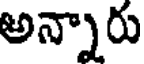
అన్నారు